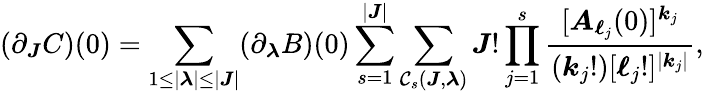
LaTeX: (\partial_{\boldsymbol{J}}C)(0)=\sum_{\substack{1\leq|\boldsymbol{\lambda}|\leq|\boldsymbol{J}|}}(\partial_{\boldsymbol{\lambda}}B)(0)\sum_{s=1}^{|\boldsymbol{J}|}\sum_{\mathcal{C}_{s}(\boldsymbol{J},\boldsymbol{\lambda})}\boldsymbol{J}!\prod_{j=1}^{s}\frac{[\boldsymbol{A}_{\boldsymbol{\ell}_{j}}(0)]^{\boldsymbol{k}_{j}}}{(\boldsymbol{k}_{j}!)[\boldsymbol{\ell}_{j}!]^{|\boldsymbol{k}_{j}|}},